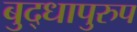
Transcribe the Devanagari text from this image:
बुद्धापुरुप